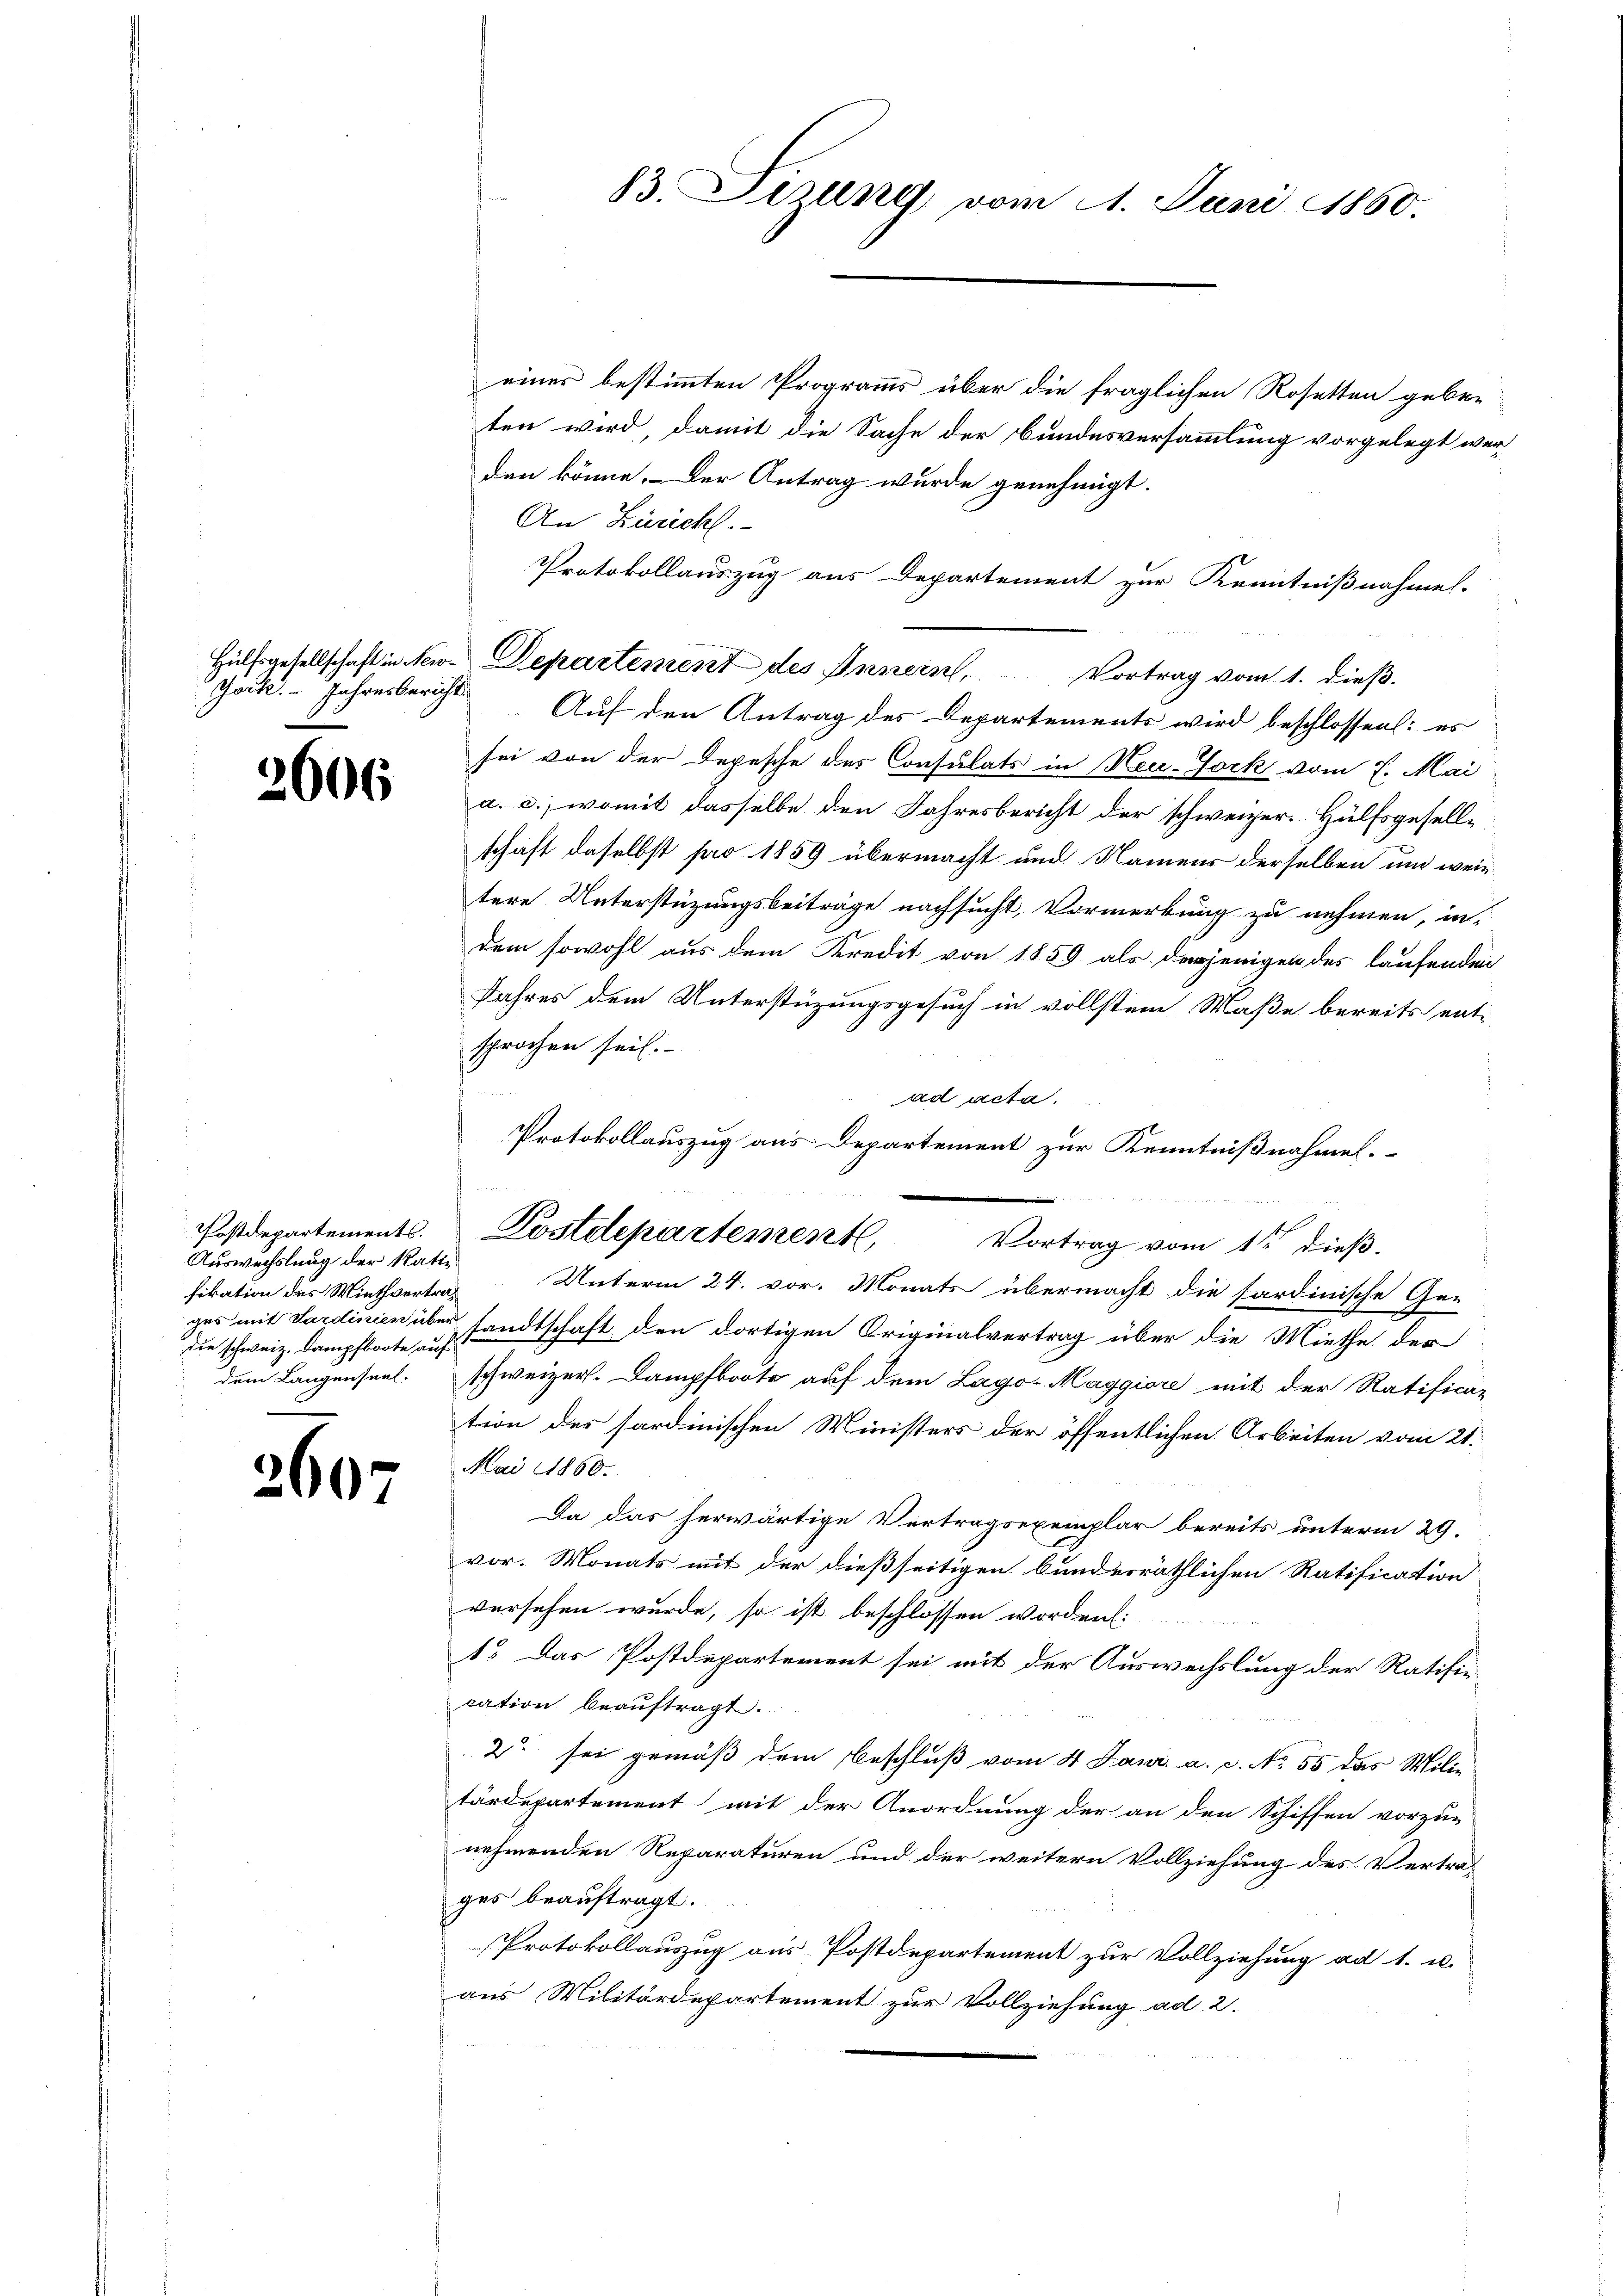
Gock. - Jahresbericht

6

Postdepartements.
Auswechslung der Ratte
die schweiz. Dampfboote auf
dem Langenseel.

60

6

einer bestimmten Programms über die fraglichen Rosetten geben
ten wird, damit die Sache der Bundesversammlung vorgelegt wer
den könne. Der Antrag wurde genehmigt.
An Zürich.
Protokollauszug aus Departement zur Kenntnißnahmen.
Hülfsgesellschaft in New-Departement des Innern, Vortrag vom 1. dieß.
Auf den Antrag des Departements wird beschlossen: es
sei von der Depesche des Consulats in Neu-Tock vom 7. Mai
a. c., womit dasselbe den Jahresbericht der schweizer. Hülfsgesellschaft daselbst pro 1859 übermacht und Namens derselben und wein
tere Unterstüzungsbeiträge nachsucht, Vormerkung zu nehmen, in-
dem sowohl aus dem Kredit von 1859 als derjenigen des laufenden
Jahres dem Unterstüzungsgesuch in vollstem Maße bereits entsprochen sei.
ad acta.
Vortrag vom 1sten dieß.
fikation des Miethvertrag Unterm 24. vor. Monats übermacht die Sardinische Ge-
ges mit Sardinien über sandtschaft den dortigen Originalvertrag über die Miethe der
schweizer. Dampfboote auf dem Lago-Maggiore mit der Ratifica-
tion des sardinischen Ministers der öffentlichen Arbeiten vom 21.
Mai 1860.
Da das herwärtige Vertragsexemplar bereits unterm 29.
vor. Monats mit der dießseitigen bundesräthlichen Ratification
versehen wurde, so ist beschlossen worden:
1o. Das Postdepartement sei mit der Auswechslung der Ratifie
cation beauftragt.
2 sei gemäß dem Beschluß vom 4 Janr. a. c. No. 55 das Mili-
tärdepartement mit der Anordnung der an den Schiffen vorzu-
nehmenden Reparaturen und der weitern Vollziehung des Vertra-
ges beauftragt.
Protokollauszug aus Postdepartement zur Vollziehung ad 1. u.
aus Militärdepartement zur Vollziehung ad 2.
s

13. Jung vom 4. Juni 1860.

Protokollauszug aus Departement zur Kenntnißnahmen.
Postdepartement,